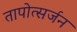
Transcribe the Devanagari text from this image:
तापोत्सर्जन